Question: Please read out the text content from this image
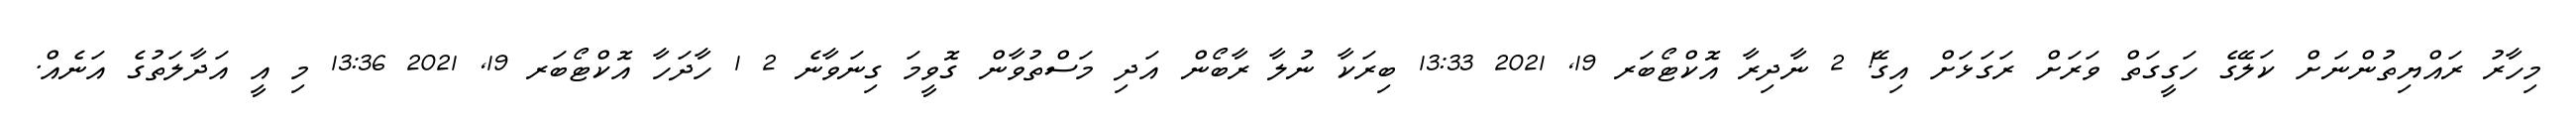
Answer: މިހާރު ރައްޔިތުންނަށް ކަލޭގެ ހަގީގަތް ވަރަށް ރަގަޅަށް އިގޭ! 2 ނާދިރާ އޮކްޓޯބަރ 19, 2021 13:33 ބިރަކާ ނުލާ ރާބޯން އަދި މަސްތުވާން ގޮވީމަ ގިނަވާނެ 2 1 ހާދަހާ އޮކްޓޯބަރ 19, 2021 13:36 މި އީ އަދާލަތުގެ އަނެއް.